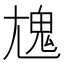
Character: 𩲄